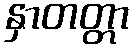
နှာတတ္တာ